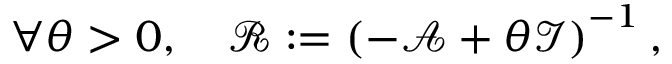
\forall \theta > 0 , \quad \mathcal { R } : = \left( - \mathcal { A } + \theta \mathcal { I } \right) ^ { - 1 } ,